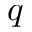
q